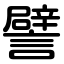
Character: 譬